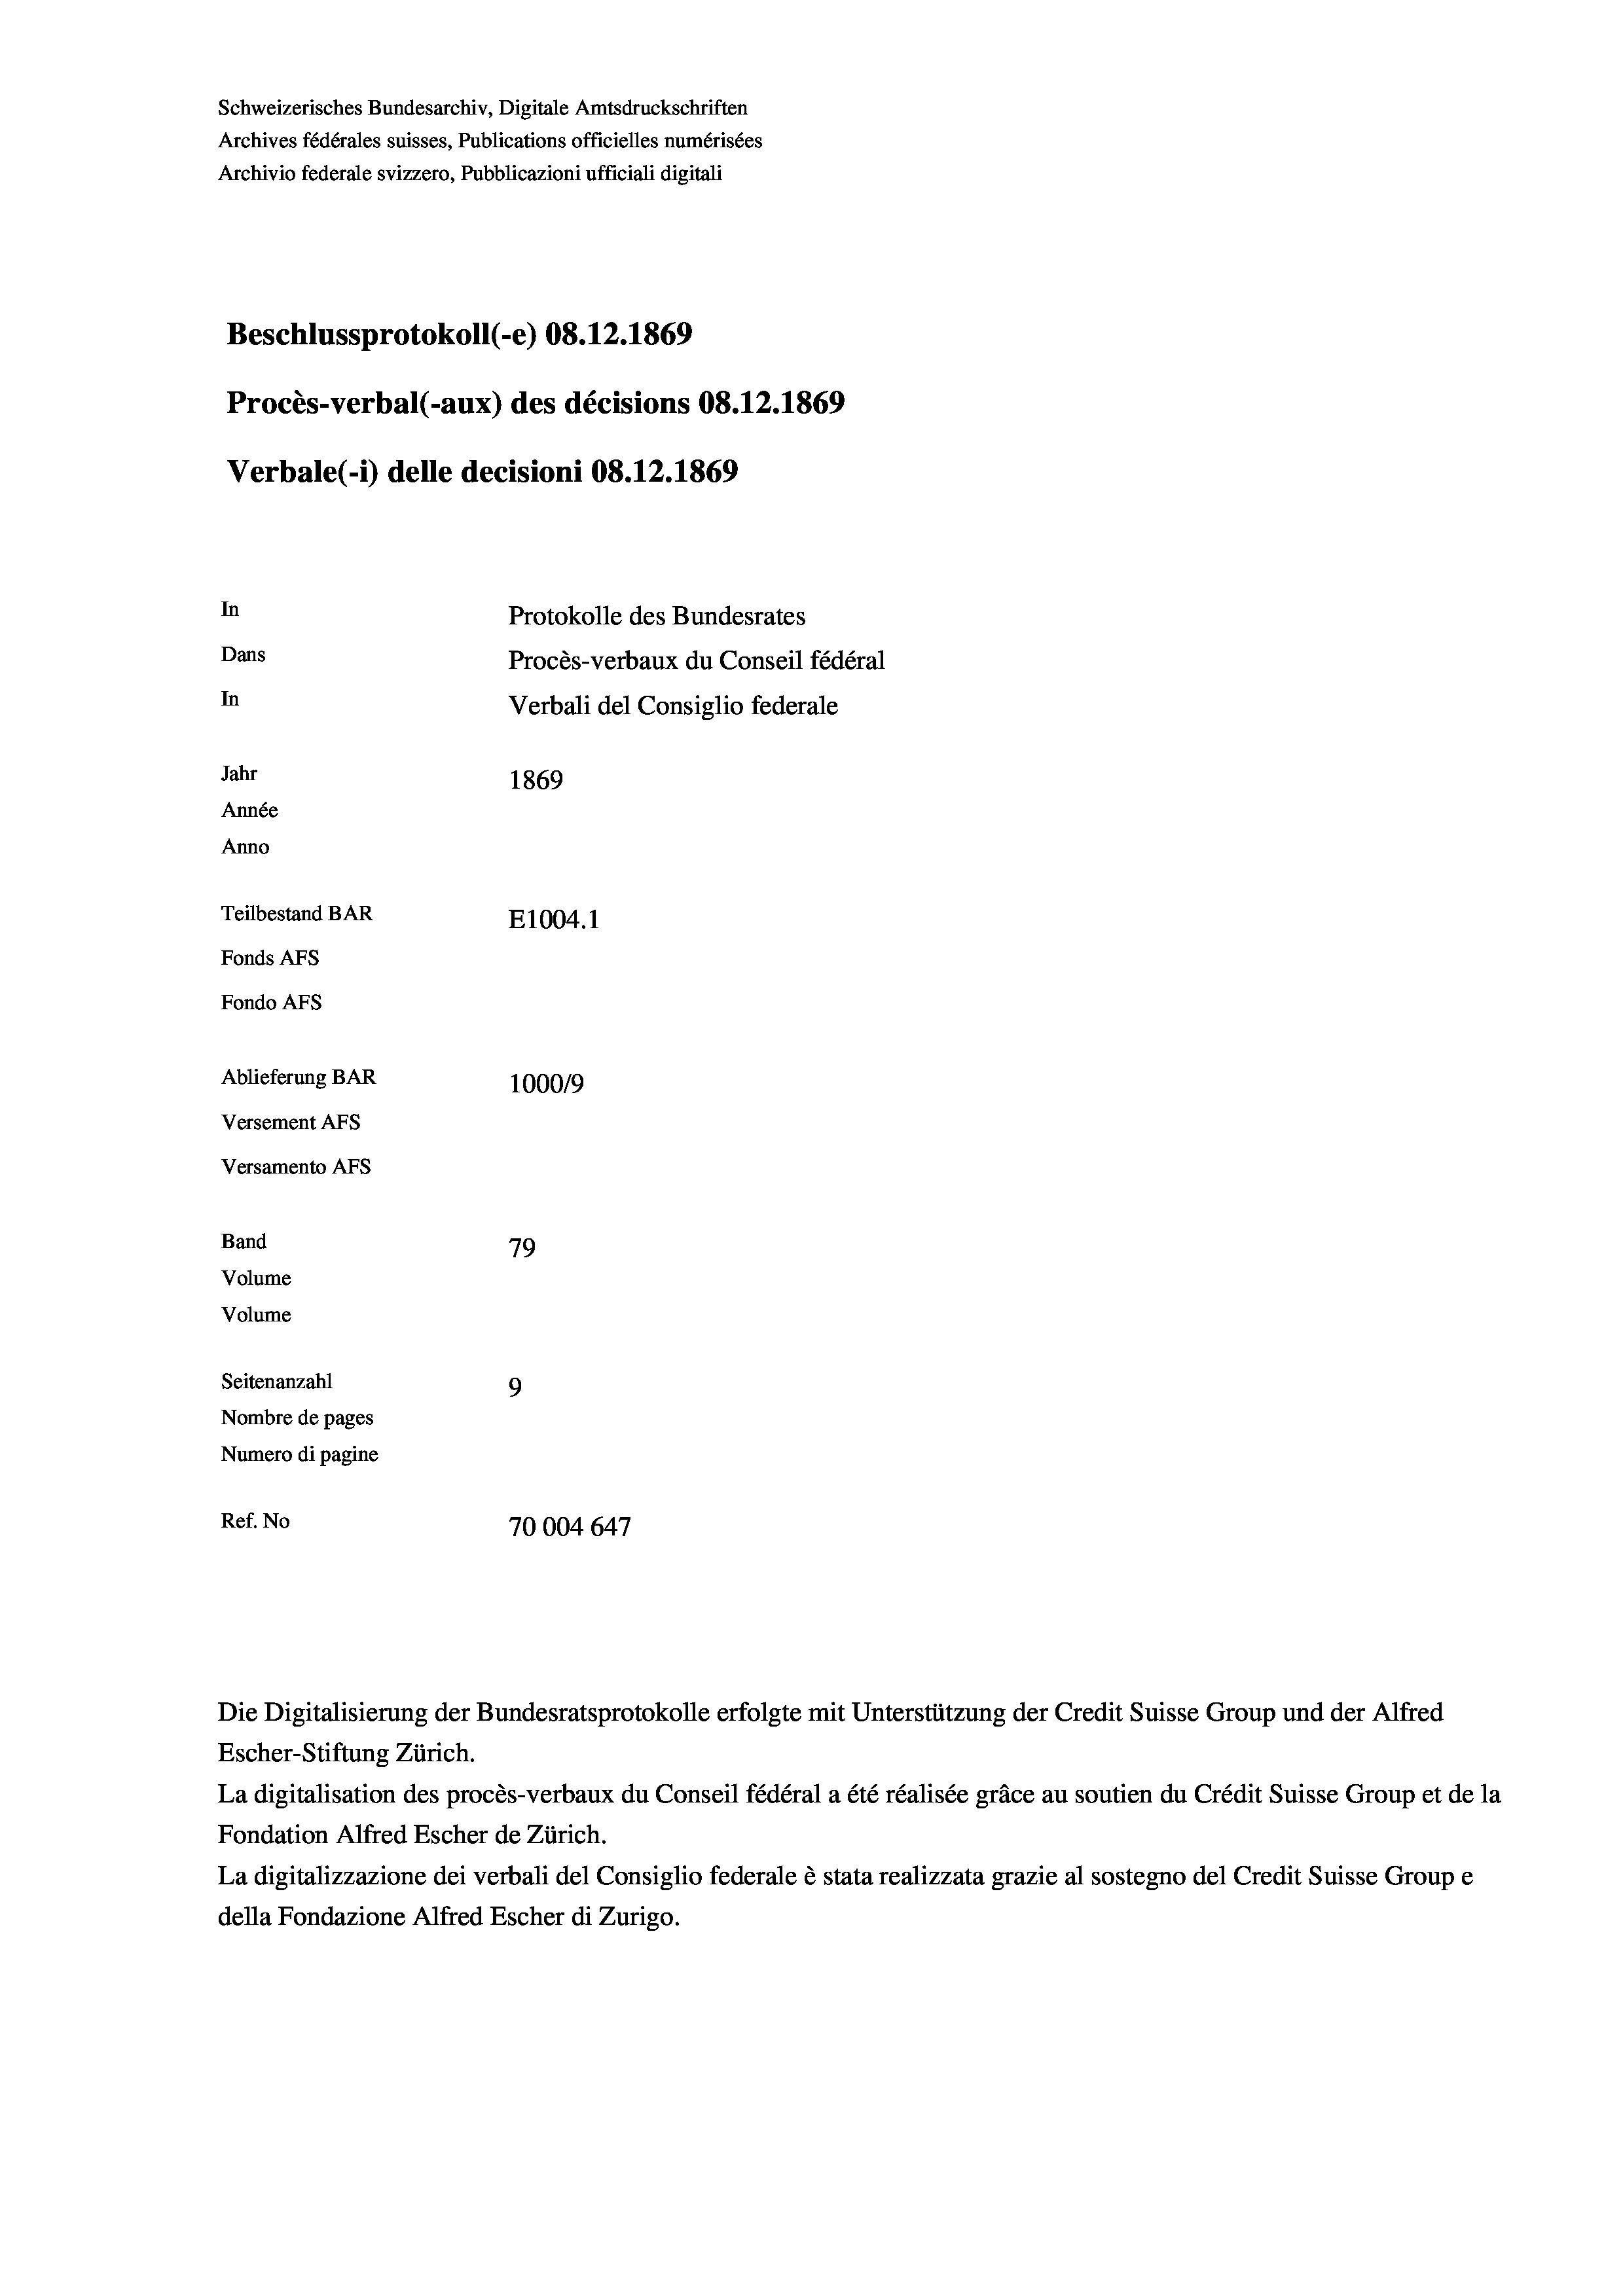
Schweizerisches Bundesarchiv, Digitale Amtsdruckschriften
Archives fédérales suisses, Publications officielles numérisées
Archivio federale svizzero, Pubblicazioni ufficiali digitali
Beschlussprotokoll (-e) 08.12.1869
Procès-verbal (-aux) des décisions 08.12.1869
Verbale (1) delle decisioni 08. 12. 1869
In
Protokolle des Bundesrates
Dans
Procès-verbaux du Conseil fédéral
In
Verbali del Consiglio federale
Jahr
1869
Année
Anno
Teilbestand BAR
E1004. 1
Fonds Afs
Fondo Afs
Ablieferung BAR
1000/9
Versement AFS
Versamento Afs
Band
79
Volume
Volume
Seitenanzahl
9
Nombre de pages
Numero di pagine
Ref. No
70004 647

Escher-Stiftung Zürich.

Die Digitalisierung der Bundesratsprotokolle erfolgte mit Unterstützung der Credit Suisse Group und der Alfred

La digitalisation des procès-verbaux du Conseil fédéral a été réalisée gräce au soutien du Crédit Suisse Group et de la
Fondation Alfred Escher de Zürich.
La digitalizzazione dei verbali del Consiglio federale è stata realizzata grazie al sostegno del Credit Suisse Groupe
della Fondazione Alfred Escher di Zurigo.